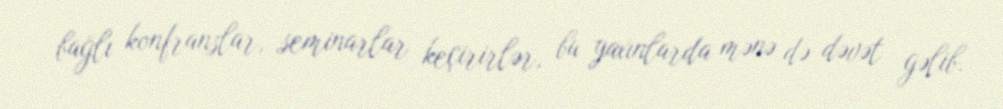
bağlı konfranslar, seminarlar keçirirlər, bu yaxınlarda mənə də dəvət gəlib.